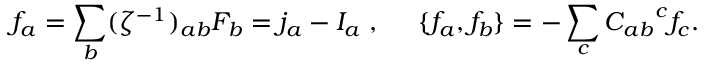
f _ { a } = \sum _ { b } ( \zeta ^ { - 1 } ) _ { a b } F _ { b } = j _ { a } - I _ { a } \; , \; \; \; \; \; \{ f _ { a } , f _ { b } \} = - \sum _ { c } { C _ { a b } } ^ { c } f _ { c } .